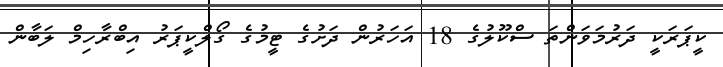
ކީޕަރަކީ ދަރުމަވަންތަ ސްކޫލުގެ 18 އަހަރުން ދަށުގެ ޓީމުގެ ގޯލްކީޕަރު އިބްރާހިމް ލަބާން